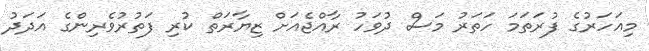
މިއަހަރުގެ ފުރަތަމަ ހަތަރު މަސް ދުވަހު ރާއްޖެއަށް ޒިޔާރަތް ކުރި ފަތުރުވެރިންގެ އަދަދު